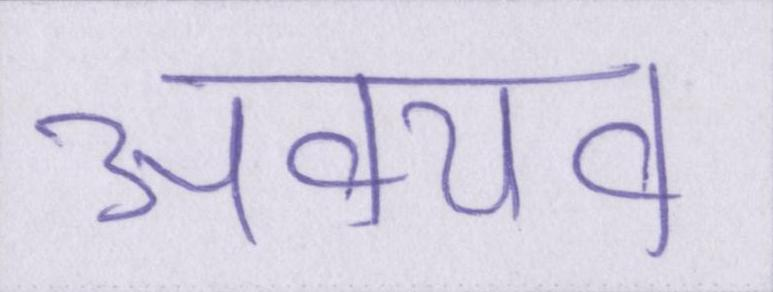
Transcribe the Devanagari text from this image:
अवयव